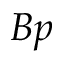
B p